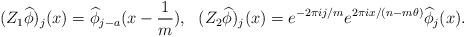
LaTeX: \begin{align*}(Z_1 \widehat{\phi})_j(x)=\widehat{\phi}_{j-a}(x-\frac{1}{m}),~~(Z_2 \widehat{\phi})_j(x)= e^{-2\pi i j/m}e^{2\pi i x/(n-m\theta)}\widehat{\phi}_{j}(x).\end{align*}